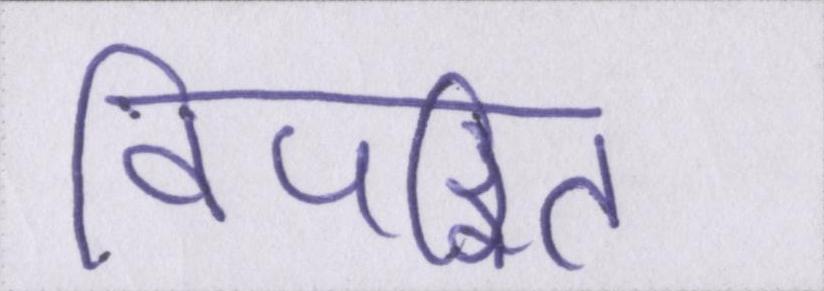
विपरित